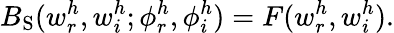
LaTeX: B_{\mathrm{S}}(w_{r}^{h},w_{i}^{h};\phi_{r}^{h},\phi_{i}^{h})=F(w_{r}^{h},w_{i}^{h}).